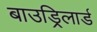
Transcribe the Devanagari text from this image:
बाउड्रिलार्ड